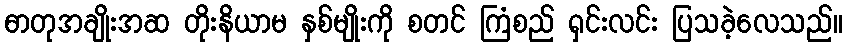
ဓာတုအချိုးအဆ တိုးနိယာမ နှစ်မျိုးကို စတင် ကြံစည် ရှင်းလင်း ပြသခဲ့လေသည်။